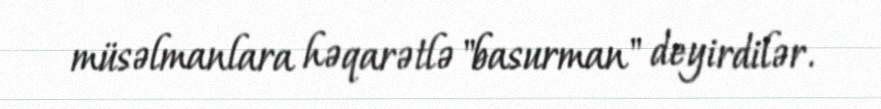
müsəlmanlara həqarətlə "basurman" deyirdilər.